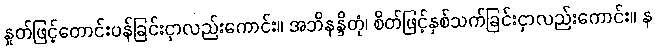
နှုတ်ဖြင့်တောင်းပန်ခြင်းငှာလည်းကောင်း။ အဘိနန္ဒိတုံ၊ စိတ်ဖြင့်နှစ်သက်ခြင်းငှာလည်းကောင်း။ န